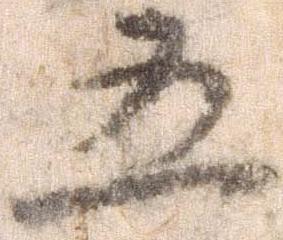
五